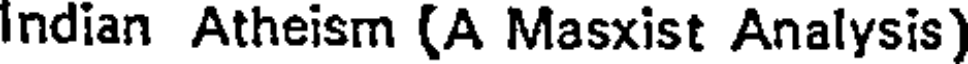
Indian Atheism (A Masxist Analysis)